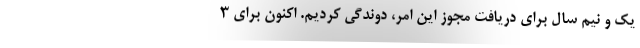
یک و نیم سال برای دریافت مجوز این امر، دوندگی کردیم. اکنون برای 3